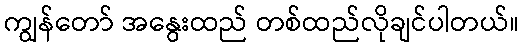
ကျွန်တော် အနွေးထည် တစ်ထည်လိုချင်ပါတယ်။